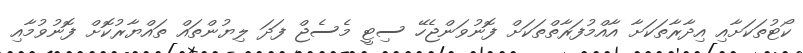
ކޯޓުތަކަށާއި އިދާރާތަކަށާ އާއްމުފަރާތްތަކަށް ފޮނުވަންޖެހޭ ސިޓީ މެސެޖް ފަދަ ލިޔުންތައް ތައްޔާރުކޮށް ފޮނުވުމާއި